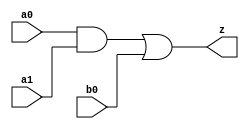
// This program was cloned from: https://github.com/aolofsson/oh
// License: MIT License

//#############################################################################
//# Function: And-Or (ao21) Gate                                              #
//#                                                                           #
//# Copyright: OH Project Authors. ALl rights Reserved.                       #
//# License:  MIT (see LICENSE file in OH repository)                         # 
//#############################################################################

module oh_ao21 #(parameter DW = 1 ) // array width
   (
    input [DW-1:0]  a0,
    input [DW-1:0]  a1,
    input [DW-1:0]  b0, 
    output [DW-1:0] z
    );
   
   assign z = (a0 & a1) | b0;
   
endmodule